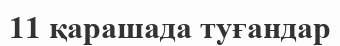
11 қарашада туғандар